Annual vaccination report of Bihar and Orissa - 1911-1928
Year: 1911
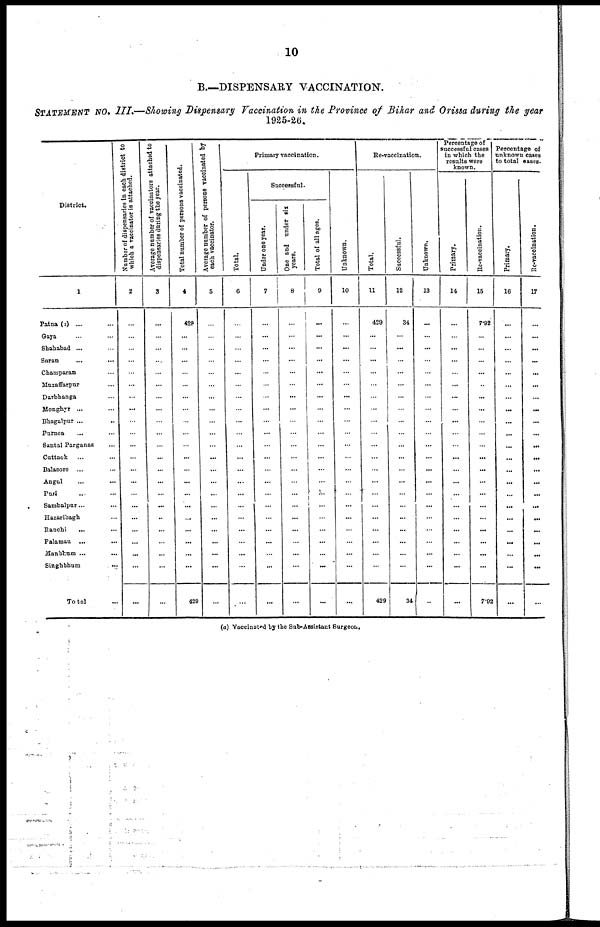
10
B.—DISPENSARY VACCINATION.
STATEMENT No. III.—Showing Dispensary Vaccination in the Province of Bihar and Orissa during the year
1925-26.
District.
1
Patna (3)... ...
Gaya... ...
Shahabad ...
Saran... ... ...
Champaran... ... ...
Muzaffarpur... ... ...
Darbhanga... ... ...
Monghyr... ... ...
Bhagalpur ...... ...
Purnea... ... ...
Santal Parganas... ...
Cuttack... ...
Balasore ... ... ...
Angul... ... ...
Puri... ...
Sambalpur... ... ... ...
Hazaribagh... ... ...
Ranchi... ... ...
Palamau...
...
...
Manbhum...
...
...
Singhbhum... ... ...
Total... ...
Number of dispensaries In each district to
which a vaccinator is attached.
2
...
...
...
...
...
...
...
...
...
...
...
...
...
...
...
...
...
...
...
...
...
...
Average number of vaccinators attached to
dispensaries during the year.
3
...
...
...
...
...
...
...
...
...
...
...
...
...
...
...
...
...
...
...
...
...
...
Total number of persons vaccinated.
4
429
...
...
...
...
...
...
...
...
...
...
...
...
...
...
...
...
...
...
...
...
429
Average number of persons vaccinated by
each vaccinator.
5
...
...
...
...
...
...
...
...
...
...
...
...
...
...
...
...
...
...
...
...
...
...
Primary vaccination.
Total.
6
...
...
...
...
...
...
...
...
...
...
...
...
...
...
...
...
...
...
...
...
...
...
Successful.
Under one year.
7
...
...
...
...
...
...
...
...
...
...
...
...
...
...
...
...
...
...
...
...
...
...
One and under six
years.
8
...
...
...
...
...
...
...
...
...
...
...
...
...
...
...
...
...
...
...
...
...
...
Total of all ages.
9
...
...
...
...
...
...
...
...
...
...
...
...
...
...
...
...
...
...
...
...
...
...
Unknown.
10
...
...
...
...
...
...
...
...
...
...
...
...
...
...
...
...
...
...
...
...
...
...
Re-vaccination.
Total.
11
429
...
...
...
...
...
...
...
...
...
...
...
...
...
...
...
...
...
...
...
...
429
Successful.
12
34
...
...
...
...
...
...
...
...
...
...
...
...
...
...
...
...
...
...
...
...
34
Unknown.
13
...
...
...
...
...
...
...
...
...
...
...
...
...
...
...
...
...
...
...
...
...
...
Percentage of
successful cases
in which the
results were
known.
Primary.
14
...
...
...
...
...
...
...
...
...
...
...
...
...
...
...
...
...
...
...
...
...
...
Revaccination.
15
7.92
...
...
...
...
...
...
...
...
...
...
...
...
...
...
...
...
...
...
...
...
7.92
Percentage of
unknown cases
to total cases.
Primary.
16
...
...
...
...
...
...
...
...
...
...
...
...
...
...
...
...
...
...
...
...
...
...
Revaccination.
17
...
...
...
...
...
...
...
...
...
...
...
...
...
...
...
...
...
...
...
...
...
...
(a) Vaccinated by the Sub-Assistant Surgeon.